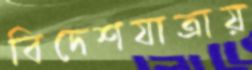
বিদেশযাত্রায়